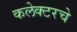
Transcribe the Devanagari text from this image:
कलेक्टरचे